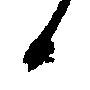
候